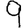
Digit: 9